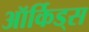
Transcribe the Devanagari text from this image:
ऑर्किड्‌स